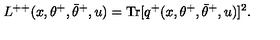
L ^ { + + } ( x , \theta ^ { + } , \bar { \theta } ^ { + } , u ) = \mathrm { T r } [ q ^ { + } ( x , \theta ^ { + } , \bar { \theta } ^ { + } , u ) ] ^ { 2 } .